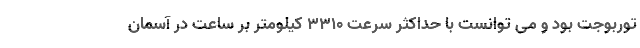
توربوجت بود و می توانست با حداکثر سرعت 3310 کیلومتر بر ساعت در آسمان